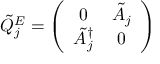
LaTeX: \tilde { Q } _ { j } ^ { E } = \left( \begin{array} { c c } { { 0 } } & { { \tilde { A } _ { j } } } \\ { { \tilde { A } _ { j } ^ { \dagger } } } & { { 0 } } \end{array} \right)